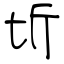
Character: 圻